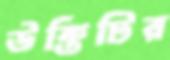
উক্তিটির